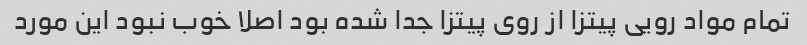
تمام مواد رویی پیتزا از روی پیتزا جدا شده بود اصلا خوب نبود این مورد